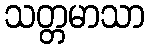
သတ္တမာသာ